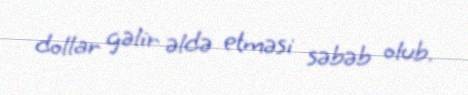
dollar gəlir əldə etməsi səbəb olub.